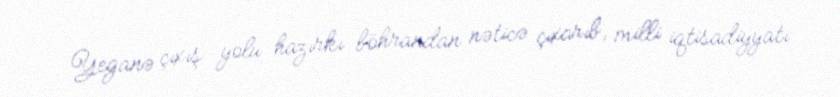
Yeganə çıxış yolu hazırkı böhrandan nəticə çıxarıb, milli iqtisadiyyatı